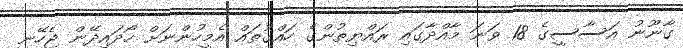
ގާނޫނު އަސާސީގެ 18 ވަނަ މާއްދާގައި ރައްޔިތުންގެ ހައްގުތައް އެމީހުންނަށް ހޯދައިދޭން ޖެހޭނީ